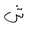
Letter: _shin